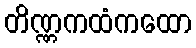
တိဏ္ဏကထံကထော